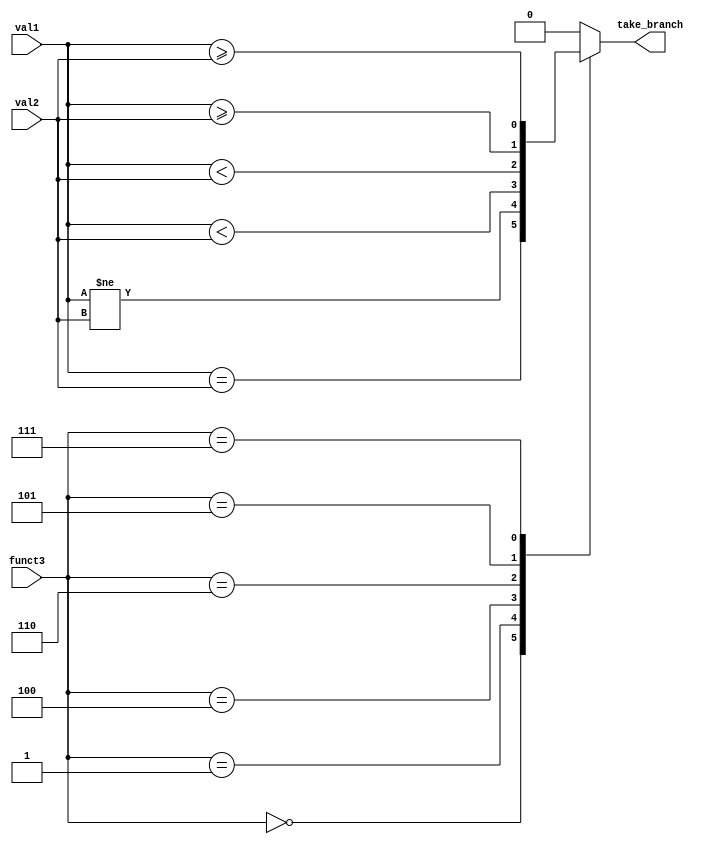

`define BEQ 3'b000
`define BNE 3'b001
`define BLT 3'b100
`define BLTU 3'b110
`define BGE 3'b101
`define BGEU 3'b111

module branch_unit(
    funct3,
    val1,
    val2,
    take_branch
);
    input wire [2:0]  funct3;
    input wire [31:0] val1, val2;
    output reg take_branch;

    wire signed [31:0] s_val1 = $signed(val1);
    wire signed [31:0] s_val2 = $signed(val2);

    always @(*)
        case (funct3)
            `BEQ:  take_branch <= val1 == val2;
            `BNE:  take_branch <= val1 != val2;
            `BLT:  take_branch <= s_val1 < s_val2;
            `BLTU: take_branch <= val1 < val2;
            `BGE:  take_branch <= s_val1 >= s_val2;
            `BGEU: take_branch <= val1 >= val2;
            default: take_branch <= 1'b0;
        endcase



endmodule